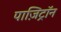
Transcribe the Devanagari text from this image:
पाज़िट्रॉन